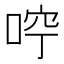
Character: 𠳽